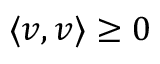
\langle v , v \rangle \geq 0